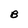
Character: B